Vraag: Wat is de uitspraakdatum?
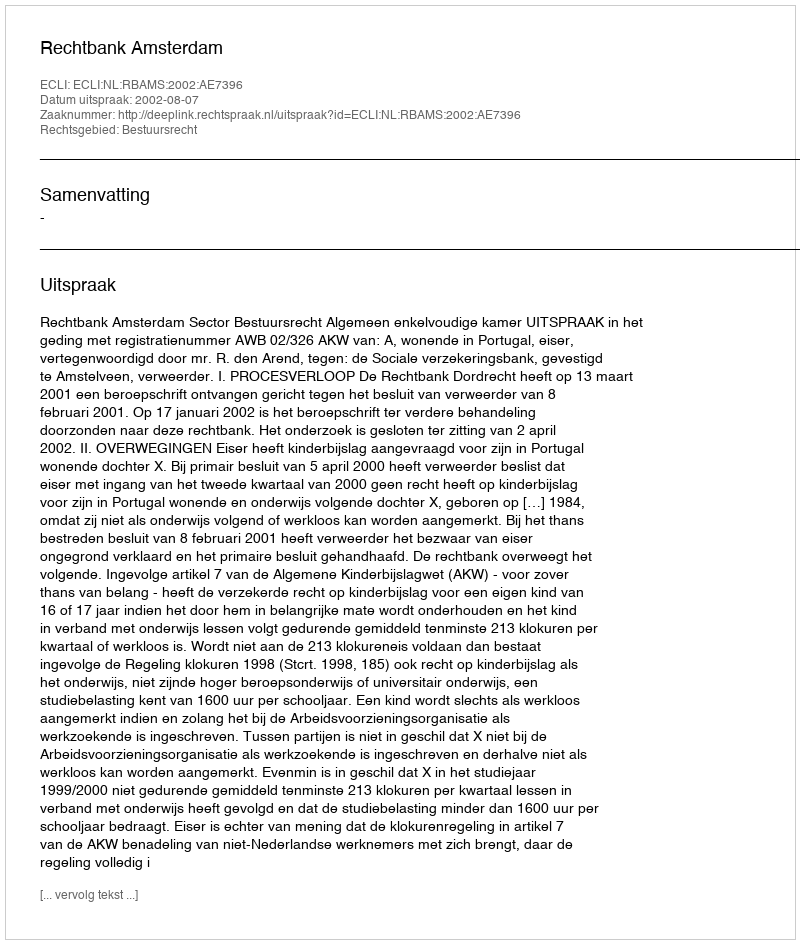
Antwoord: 2002-08-07